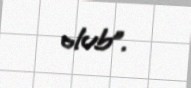
olub”.